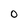
Character: 0